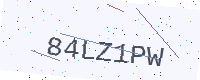
Text: 84LZ1PW